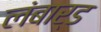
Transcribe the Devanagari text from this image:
लंबार्ड